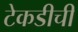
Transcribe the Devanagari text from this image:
टेकडीची